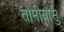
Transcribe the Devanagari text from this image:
तोमीयासु